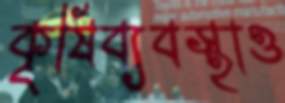
কৃষিব্যবস্থাও